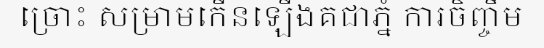
ច្រោះ សម្រាមកើនឡើងគជាភ្នំ ការចិញ្ចឹម